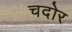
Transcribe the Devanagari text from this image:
चदोर